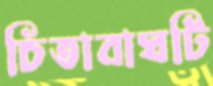
চিতাবাঘটি